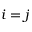
i = j